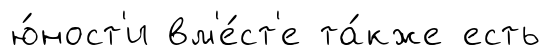
ю́ност'и вм'е́ст'е та́кже есть